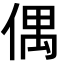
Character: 偶